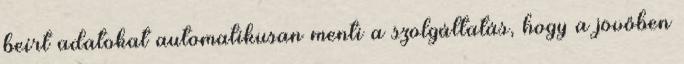
beírt adatokat automatikusan menti a szolgáltatás, hogy a jövőben